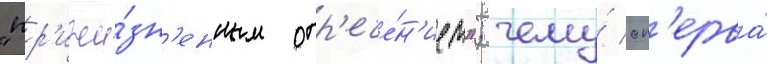
"пр'ижи́зн'енным отр'ече́н'ием"; чему́ сп'ерва́